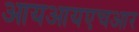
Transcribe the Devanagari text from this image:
आयआयएचआर